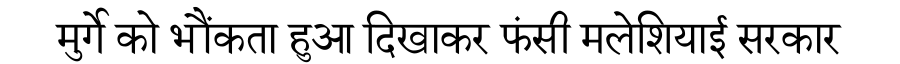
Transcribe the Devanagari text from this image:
मुर्गे को भौंकता हुआ दिखाकर फंसी मलेशियाई सरकार